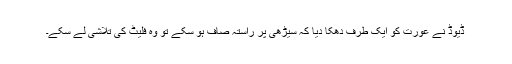
ڈیوڈ نے عورت کو ایک طرف دھکا دیا کہ سیڑھی پر راستہ صاف ہو سکے تو وہ فلیٹ کی تلاشی لے سکے۔